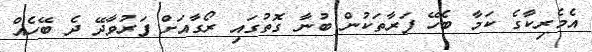
އެމެރިކާގެ ކަމާ ބެހޭ ފަރާތަކުން ބުނާ ގޮތުގައި ރޯގާއަށް ފަރުވާދޭ ދެ ބޭހެއް